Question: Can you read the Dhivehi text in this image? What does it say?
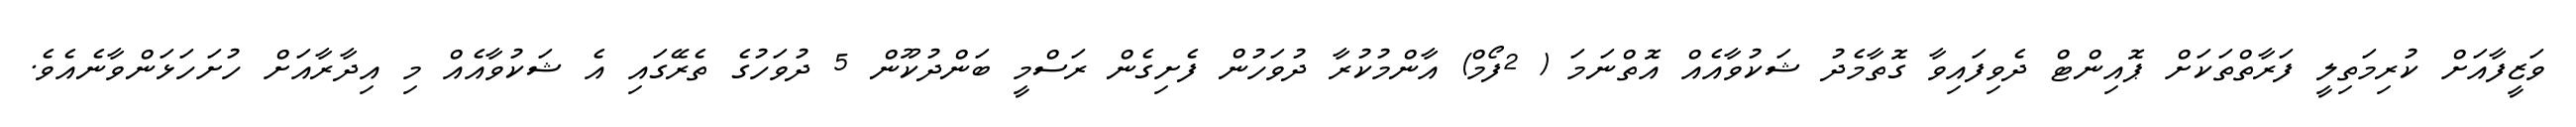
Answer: ވަޒީފާއަށް ކުރިމަތިލީ ފަރާތްތަކަށް ޕޮއިންޓް ދެވިފައިވާ ގޮތާމެދު ޝަކުވާއެއް އޮތްނަމަ ( 2ފޯމް) އާންމުކުރާ ދުވަހުން ފެށިގެން ރަސްމީ ބަންދުކޫން 5 ދުވަހުގެ ތެރޭގައި އެ ޝަކުވާއެއް މި އިދާރާއަށް ހުށަހަޅަންވާނެއެވެ.